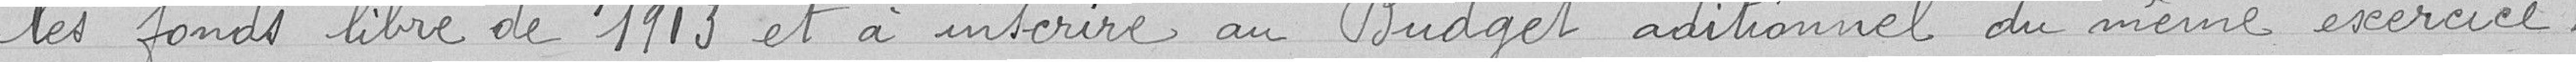
les fonds libres de 1913 et à inscrire au Budget additionnel du même exercice.